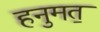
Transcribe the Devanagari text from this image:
हनुमत॒